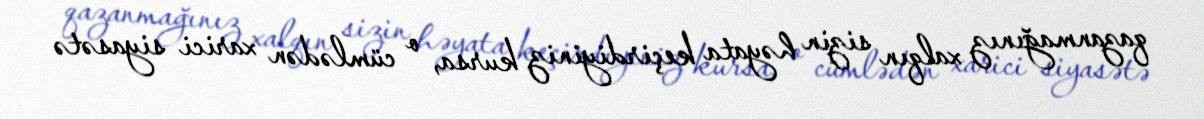
qazanmağınız xalqın sizin həyata keçirdiyiniz kursa, o cümlədən xarici siyasətə